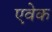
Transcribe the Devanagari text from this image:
एवेक